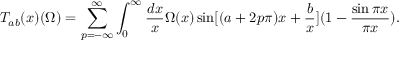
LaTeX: T _ { a b } ( x ) ( \Omega ) = \sum _ { p = - \infty } ^ { \infty } \int _ { 0 } ^ { \infty } { \frac { d x } { x } } \Omega ( x ) \sin [ ( a + 2 p \pi ) x + { \frac { b } { x } } ] ( 1 - { \frac { \sin \pi x } { \pi x } } ) .